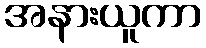
အနားယူကာ